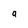
Character: a